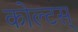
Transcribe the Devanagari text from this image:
कोल्टस्